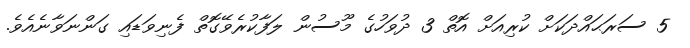
5 ސަރަޙައްދަކަށް ކުރިއަށް އޮތް 3 ދުވަހުގެ މޫސުން ލަފާކުރެވޭގޮތް ފެނިވަޑައި ގަންނަވާނެއެވެ.